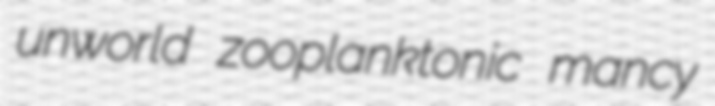
unworld zooplanktonic mancy